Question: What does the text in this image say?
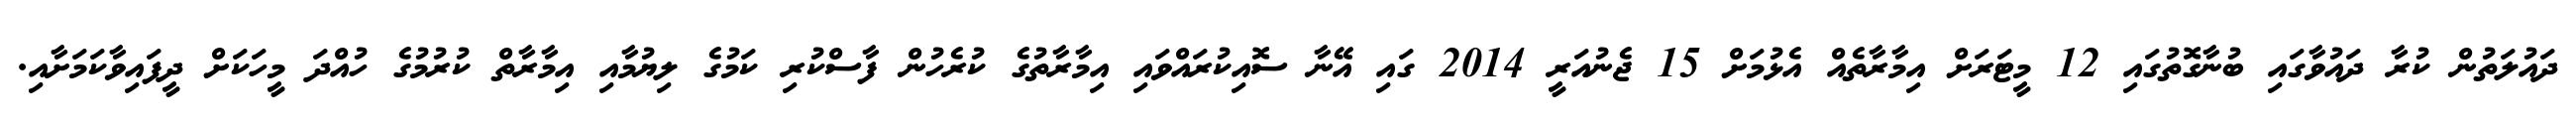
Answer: ދައުލަތުން ކުރާ ދައުވާގައި ބުނާގޮތުގައި 12 މީޓަރަށް އިމާރާތެއް އެޅުމަށް 15 ޖެނުއަރީ 2014 ގައި އޭނާ ސޮއިކުރައްވައި އިމާރާތުގެ ކުރެހުން ފާސްކުރި ކަމުގެ ލިޔުމާއި އިމާރާތް ކުރުމުގެ ހުއްދަ މީހަކަށް ދީފައިވާކަމަށާއި.